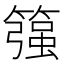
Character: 𱸨